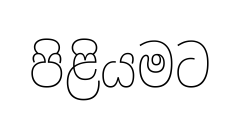
පිළියමට